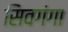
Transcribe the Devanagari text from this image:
सिवगंगा